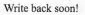
Write back soon!